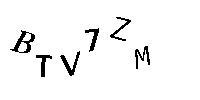
BTV7ZM